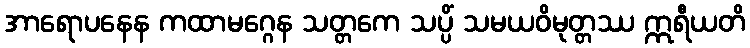
အာရောပနေန ကထာမဂ္ဂေန သတ္တကေ သပ္ပိံ သမယဝိမုတ္တဿ ဣရီယတိ